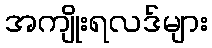
အကျိုးရလဒ်များ